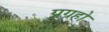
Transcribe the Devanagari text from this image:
प्रग्रहो